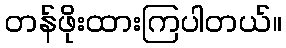
တန်ဖိုးထားကြပါတယ်။